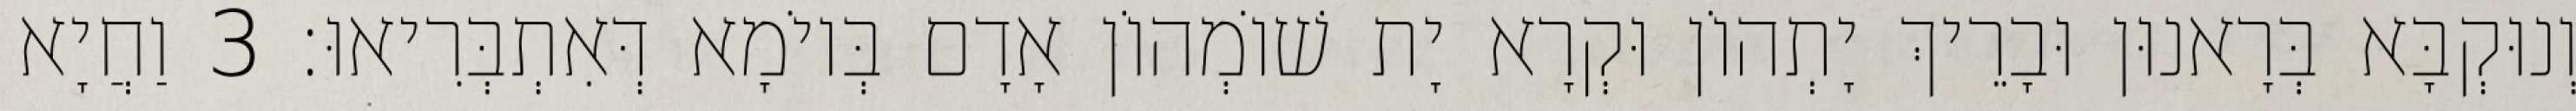
וְנוּקְבָּא בְּרָאנוּן וּבָרֵיךְ יָתְהוֹן וּקְרָא יָת שׁוֹמְהוֹן אָדָם בְּיוֹמָא דְּאִתְבְּרִיאוּ׃ 3 וַחֲיָא